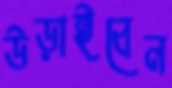
উড়াইবেন